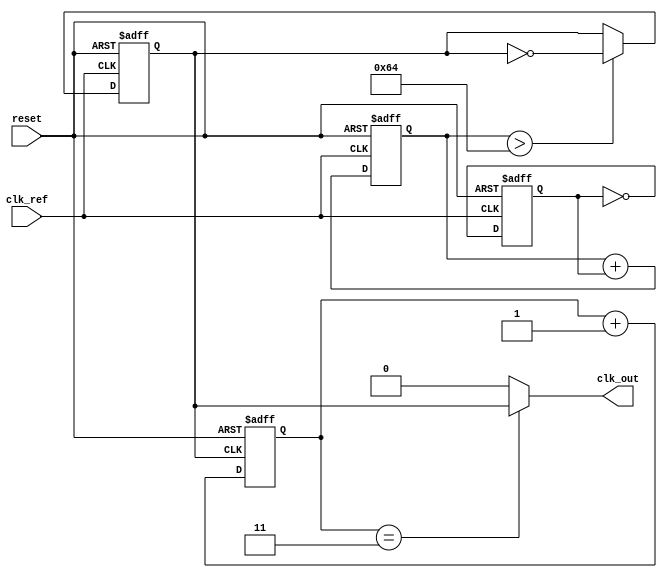
module PLL (
    input wire clk_ref,          // Reference clock input
    input wire reset,            // Asynchronous reset
    output wire clk_out          // Output clock
);

// Phase Detector
reg phase_error;
always @(posedge clk_ref or posedge reset) begin
    if (reset) begin
        phase_error <= 0;
    end else begin
        // Simplified phase detection logic
        // This would typically compare the phase of the reference and feedback signals
        // Here we assume a simple XOR for demonstration purposes
        phase_error <= ~phase_error; // Placeholder for phase comparison
    end
end

// Loop Filter (simple first-order filter)
reg [7:0] control_voltage; // Control voltage for VCO
always @(posedge clk_ref or posedge reset) begin
    if (reset) begin
        control_voltage <= 8'b0;
    end else begin
        // Simple proportional control
        control_voltage <= control_voltage + phase_error; // Adjust control voltage
    end
end

// Voltage-Controlled Oscillator (VCO)
reg clk_vco;
always @(posedge clk_ref or posedge reset) begin
    if (reset) begin
        clk_vco <= 0;
    end else begin
        // VCO frequency controlled by control_voltage
        // This is a placeholder for the actual VCO behavior
        if (control_voltage > 100) begin
            clk_vco <= ~clk_vco; // Toggle output based on control voltage threshold
        end
    end
end

// Frequency Divider (optional)
reg [1:0] divider_count; // Simple 2x frequency divider
always @(posedge clk_vco or posedge reset) begin
    if (reset) begin
        divider_count <= 0;
    end else begin
        divider_count <= divider_count + 1;
    end
end

assign clk_out = (divider_count == 2'b11) ? clk_vco : 1'b0; // Output clock after division

endmodule